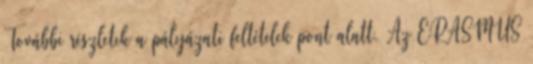
További részletek a pályázati feltételek pont alatt. Az ERASMUS